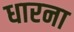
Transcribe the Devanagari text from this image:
धारना